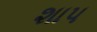
શાપ